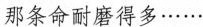
那条命耐磨得多……